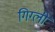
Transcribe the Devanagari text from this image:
गिग्ली